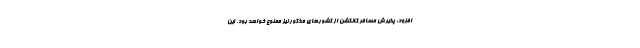
افزود: پذیرش مسافر کانکشن از کشورهای مذکور نیز ممنوع خواهد بود. این